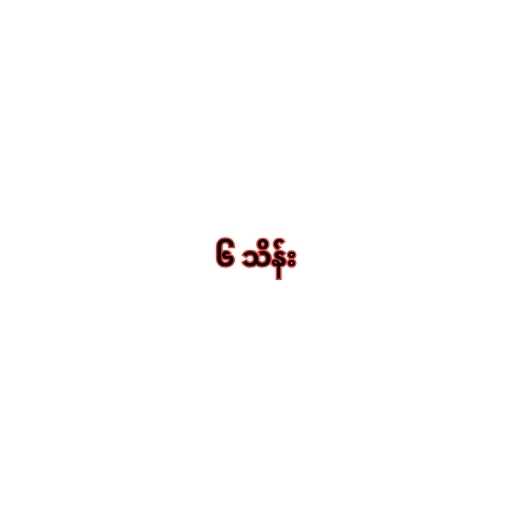
၆ သိန်း